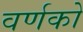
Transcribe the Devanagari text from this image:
वर्णको